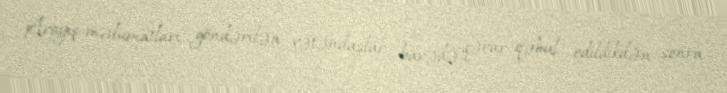
Arayış-məlumatları göndərilən vətəndaşlar barədə qərar qəbul edildikdən sonra